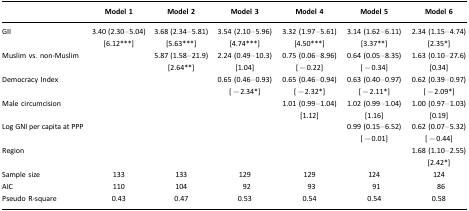
<table><thead><tr><td>[EMPTY_CELL]</td><td><b>Model 1</b></td><td><b>Model 2</b></td><td><b>Model 3</b></td><td><b>Model 4</b></td><td><b>Model 5</b></td><td><b>Model 6</b></td></tr></thead><tbody><tr><td>GII</td><td>3.40 (2.30–5.04) [6.12***]</td><td>3.68 (2.34–5.81) [5.63***]</td><td>3.54 (2.10–5.96) [4.74***]</td><td>3.32 (1.97–5.61) [4.50***]</td><td>3.14 (1.62–6.11) [3.37**]</td><td>2.34 (1.15–4.74) [2.35*]</td></tr><tr><td>Muslim vs. non-Muslim</td><td>[EMPTY_CELL]</td><td>5.87 (1.58–21.9) [2.64**]</td><td>2.24 (0.49–10.3) [1.04]</td><td>0.75 (0.06–8.96) [−0.22]</td><td>0.64 (0.05–8.35) [−0.34]</td><td>1.63 (0.10–27.6) [0.34]</td></tr><tr><td>Democracy Index</td><td>[EMPTY_CELL]</td><td>[EMPTY_CELL]</td><td>0.65 (0.46–0.93) [−2.34*]</td><td>0.65 (0.46–0.94) [−2.32*]</td><td>0.63 (0.40–0.97) [−2.11*]</td><td>0.62 (0.39–0.97) [−2.09*]</td></tr><tr><td>Male circumcision</td><td>[EMPTY_CELL]</td><td>[EMPTY_CELL]</td><td>[EMPTY_CELL]</td><td>1.01 (0.99–1.04) [1.12]</td><td>1.02 (0.99–1.04) [1.16]</td><td>1.00 (0.97–1.03) [0.19]</td></tr><tr><td>Log GNI per capita at PPP</td><td>[EMPTY_CELL]</td><td>[EMPTY_CELL]</td><td>[EMPTY_CELL]</td><td>[EMPTY_CELL]</td><td>0.99 (0.15–6.52) [−0.01]</td><td>0.62 (0.07–5.32) [−0.44]</td></tr><tr><td>Region</td><td>[EMPTY_CELL]</td><td>[EMPTY_CELL]</td><td>[EMPTY_CELL]</td><td>[EMPTY_CELL]</td><td>[EMPTY_CELL]</td><td>1.68 (1.10–2.55) [2.42*]</td></tr><tr><td>Sample size</td><td>133</td><td>133</td><td>129</td><td>129</td><td>124</td><td>124</td></tr><tr><td>AIC</td><td>110</td><td>104</td><td>92</td><td>93</td><td>91</td><td>86</td></tr><tr><td>Pseudo R-square</td><td>0.43</td><td>0.47</td><td>0.53</td><td>0.54</td><td>0.54</td><td>0.58</td></tr></tbody></table>